Vaccination Hyderabad 1890-1903 - 1890-1903
Year: 1890
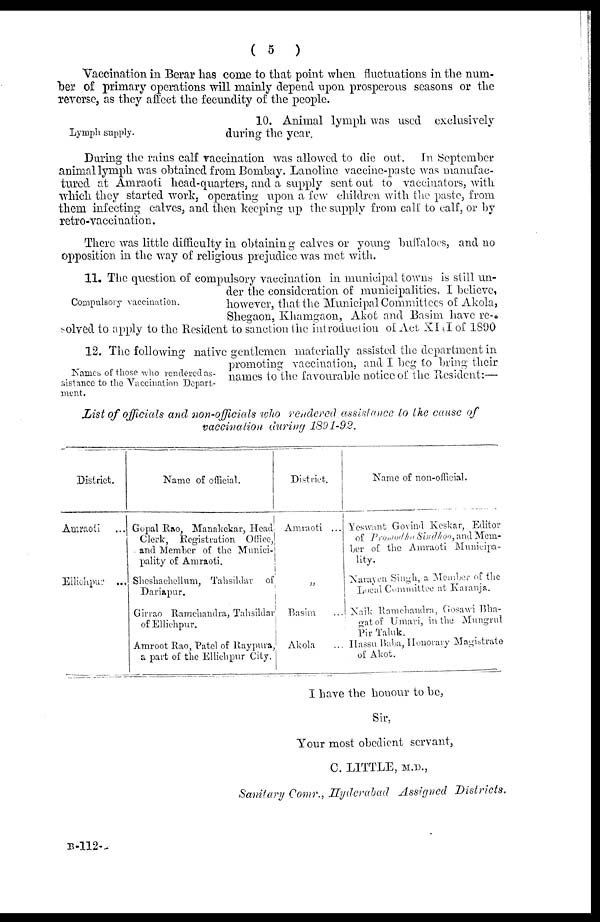
( 5
)
Vaccination in Berar has come to that point when fluctuations in the num-
ber of primary operations will mainly depend upon prosperous seasons or the
reverse, as they affect the fecundity of the people.
Lymph supply.
10. Animal lymph was used exclusively
during the year.
During the rains calf vaccination was allowed to die out. In September
animal lymph was obtained from Bombay. Lanoline vaccine-paste was manufac-
tured at Amraoti head-quarters, and a supply sent out to vaccinators, with
which they started work, operating upon a few children with the paste, from
them infecting calves, and then keeping up the supply from calf to calf, or by
retro-vaccination.
There was little difficulty in obtaining calves or young buffaloes, and no
opposition in the way of religious prejudice was met with.
Compulsory vaccination.
11. The question of compulsory vaccination in municipal towns is still un-
der the consideration of municipalities. I believe,
however, that the Municipal Committees of Akola,
Shegaon, Khamgaon, Akot and Basim have re-
solved to apply to the Resident to sanction the introduction of Act XIII of 1890
Names of those -who rendered as-
sistance to the Vaccination Depart-
ment.
12. The following native gentlemen materially assisted the department in
promoting vaccination, and I beg to bring their
names to the favourable notice of the Resident:—
List of officials and non-officials who rendered assistance to the cause of
vaccination during 1891-92.
District.
Amraoti ...
Ellichpur ...
Name of official.
Gopal Rao, Manakekar, Head
Clerk, Registration Office,
and Member of the Munici-
pality of Amraoti.
Sheshachellum, Tahsildar of
Dariapur.
Girrao Ramchandra, Tahsildar
of Ellichpur.
Amroot Rao, Patel of Raypura,
a part of the Ellichpur City.
District.
Amraoti ...
„
Basim ...
Akola ...
Name of non-official.
Yeswant Govind Kcskar, Editor
of Promodha Sindoo, and Mem-
ber of the Amraoti Municipa-
lity.
Navayen Singh, a Member of the
Local Committee at Karanja.
Naik Ramchandra, Gosawi Bha¬
orat of Umari, in the Mungrul
Pir Taluk.
Hassu Baba, Honorary Magistrate
of Akot.
I have the honour to be,
Sir,
Your most obedient servant,
C. LITTLE, M.D.,
Sanitary Comr., Hyderabad Assigned
Districts.
B-112-4